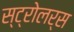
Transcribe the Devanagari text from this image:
स्ट्रोलर्स